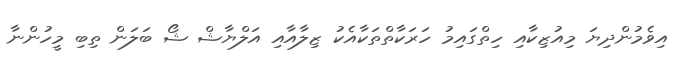
އިވެމުންދިޔަ މިއުޒިކާއި ހިތްގައިމު ހަރަކާތްތަކާއެކު ޒިލާއާއި އަލްޔާޝް ޝޯ ބަލަން ތިބި މީހުންނާ